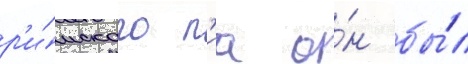
р'и́мского п'иа о́н бы́л